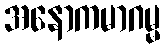
အနောကမာဂမ္မ